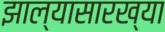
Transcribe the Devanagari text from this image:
झाल्यासारख्या